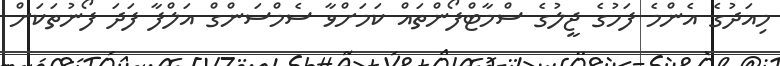
މިއަދުގެ އެންމެ ފަހުގެ ޖީލުގެ ސްމާޓްފޯންތައް ކަމަށްވާ ސެމްސަންގް އަލްފާ ފަދަ ފޯނުތަކަށް